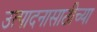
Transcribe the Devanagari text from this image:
उत्पादनासाठीच्या